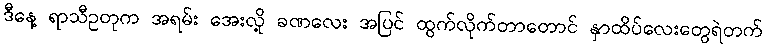
ဒီနေ့ ရာသီဥတုက အရမ်း အေးလို့ ခဏလေး အပြင် ထွက်လိုက်တာတောင် နှာထိပ်လေးတွေရဲတက်